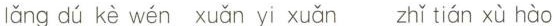
lǎng dú kè wén xuǎn yī xǔàn zhǐ tiān xù hào